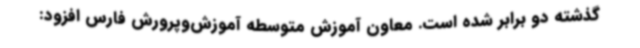
گذشته دو برابر شده است. معاون آموزش متوسطه آموزش‌وپرورش فارس افزود: